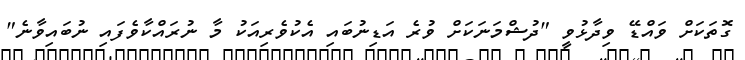
ގޮތަކަށް ވައްޑޭ ވިދާޅުވީ "ދުޝްމަނަކަށް ވުރެ އަޑިނުބައި އެކުވެރިއަކު މާ ނުރައްކާވެފައި ނުބައިވާނެ"